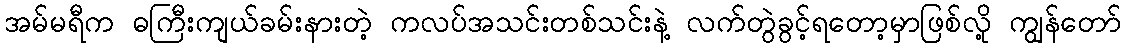
အမ်မရီက ဓကြီးကျယ်ခမ်းနားတဲ့ ကလပ်အသင်းတစ်သင်းနဲ့ လက်တွဲခွင့်ရတော့မှာဖြစ်လို့ ကျွန်တော်